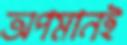
অপমানই